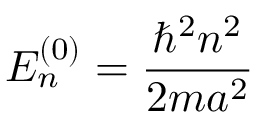
E _ { n } ^ { ( 0 ) } = { \frac { \hbar ^ { 2 } n ^ { 2 } } { 2 m a ^ { 2 } } }